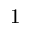
1